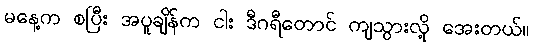
မနေ့က စပြီး အပူချိန်က ငါး ဒီဂရီတောင် ကျသွားလို့ အေးတယ်။